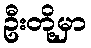
ဦးတို့မှာ